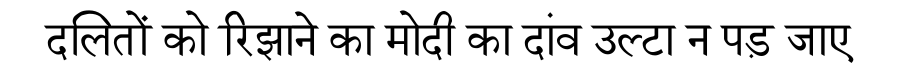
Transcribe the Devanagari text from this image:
दलितों को रिझाने का मोदी का दांव उल्टा न पड़ जाए